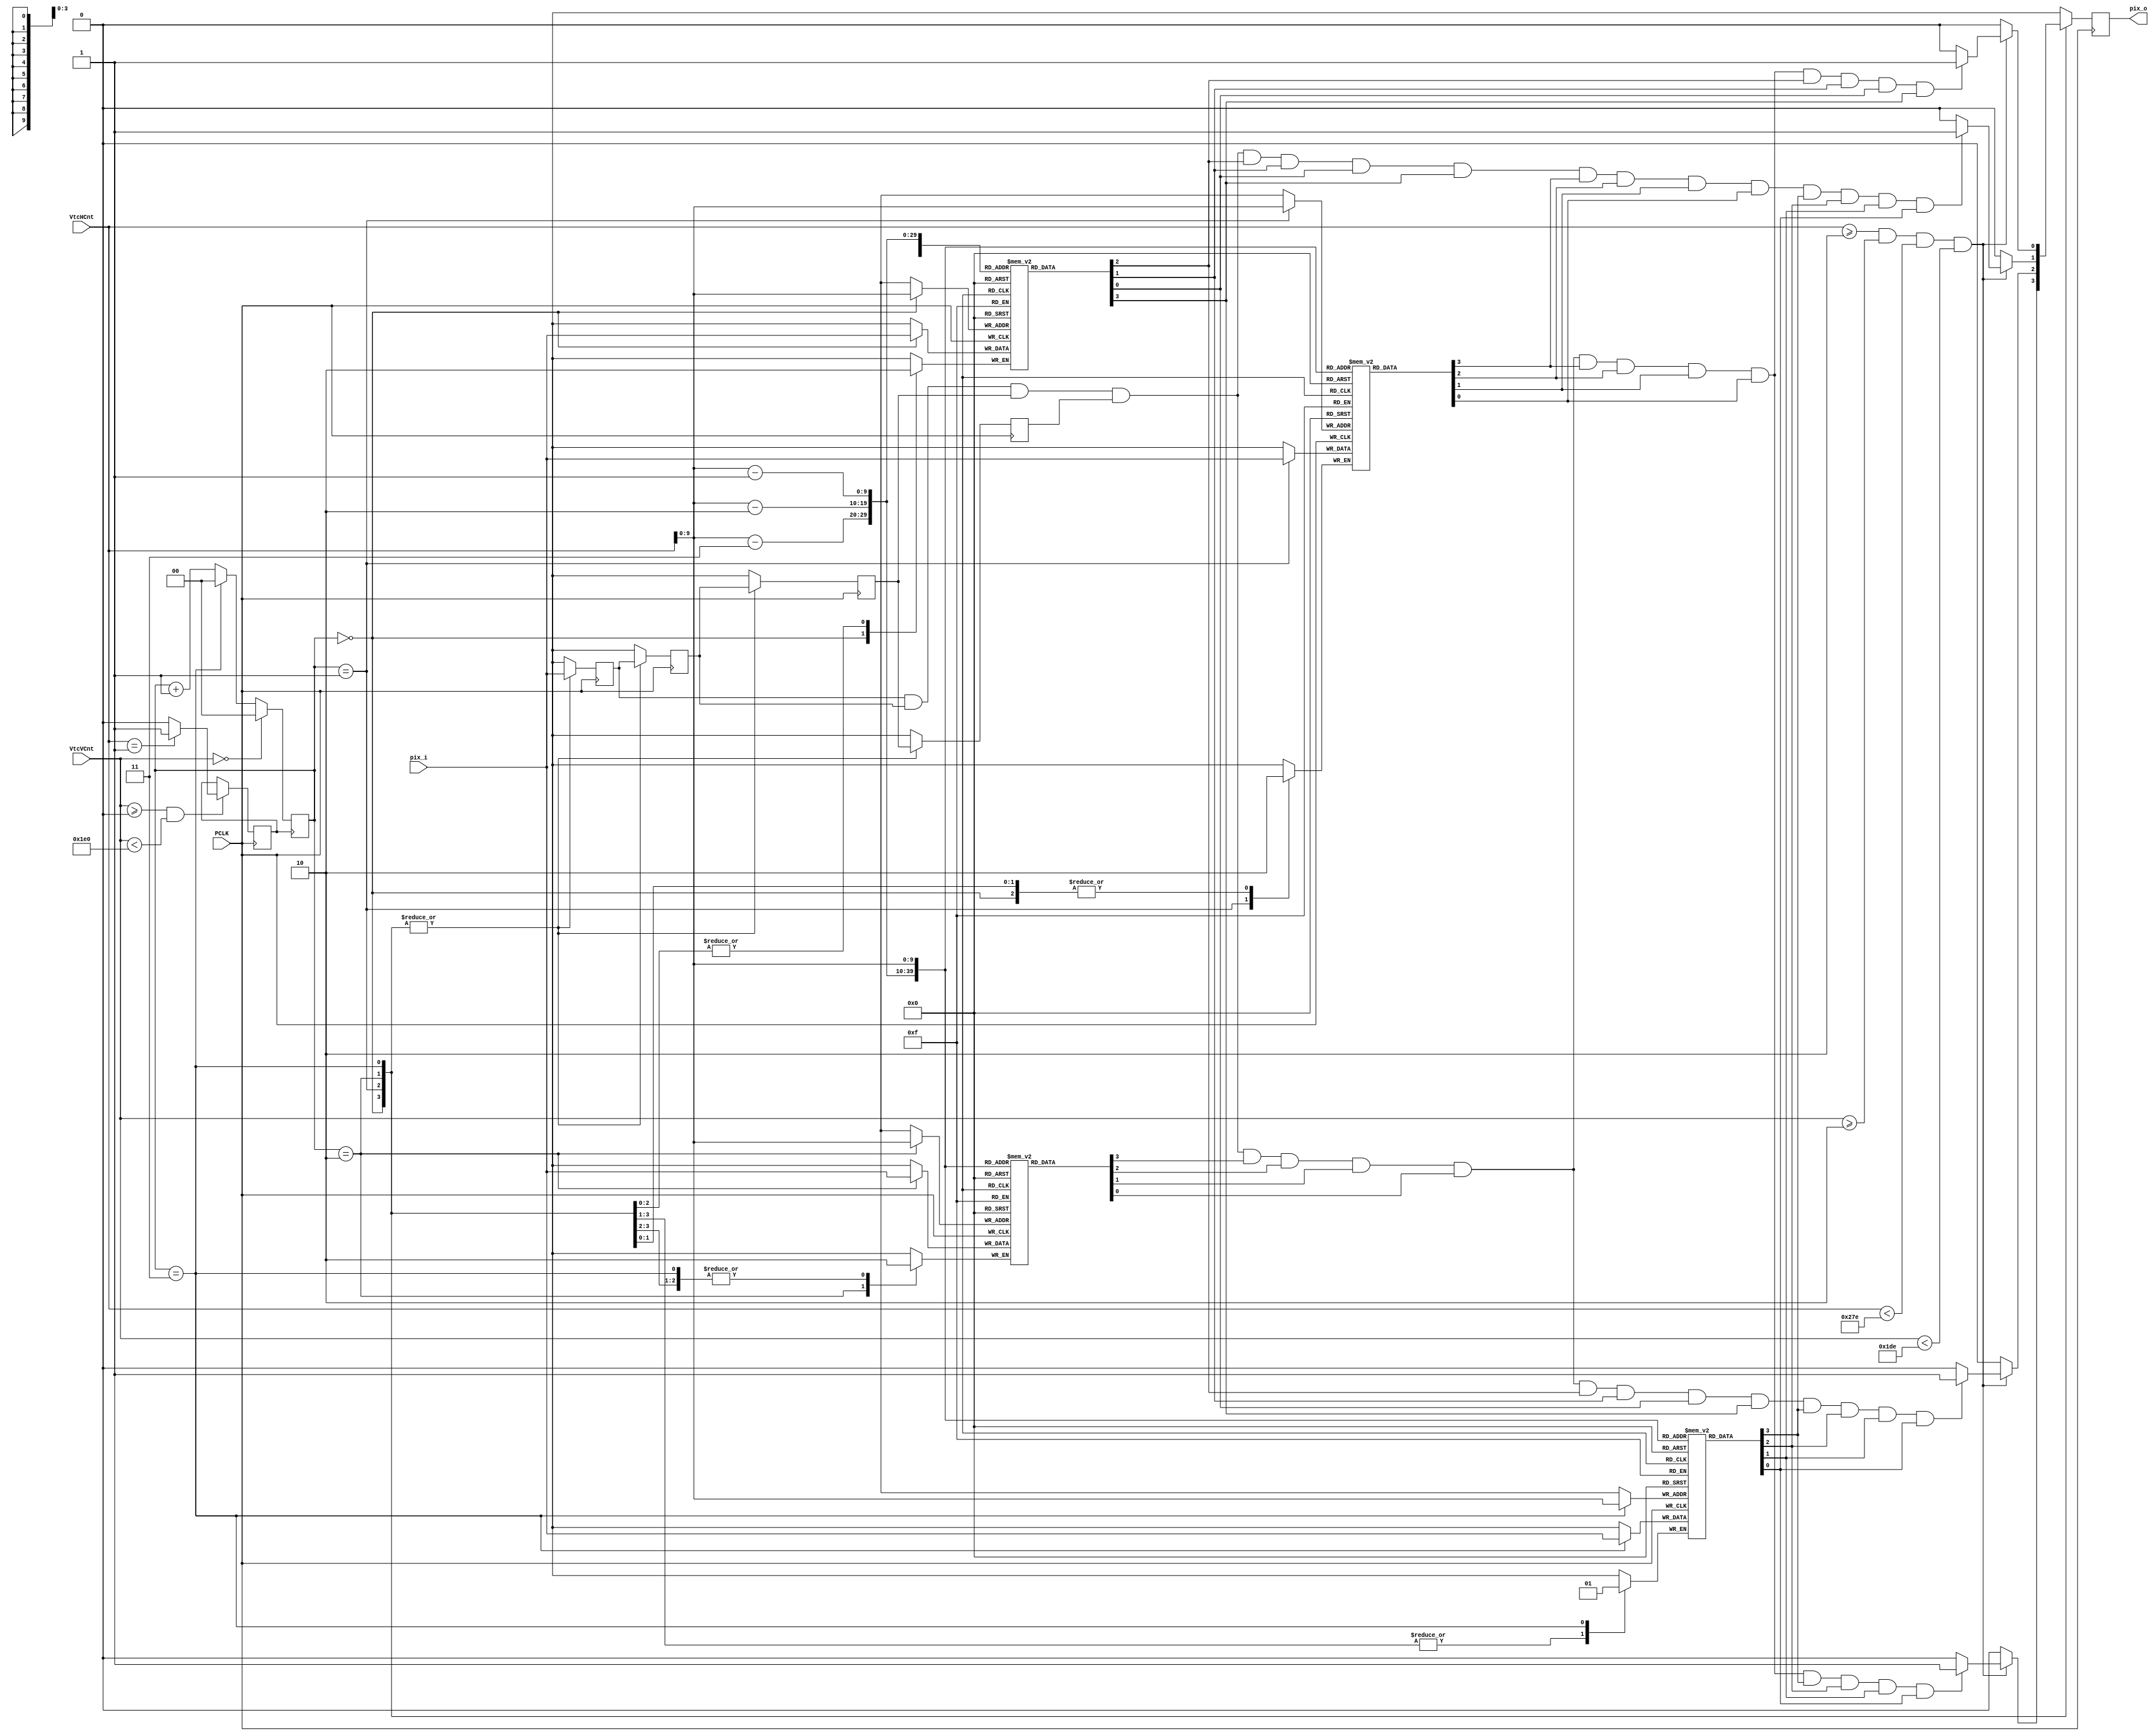
`timescale 1ns / 1ps
module erode_obj(//
    input PCLK,
    input [11:0] VtcHCnt,
    input [11:0] VtcVCnt,
    input   pix_i, 
	 output reg  pix_o
    );
reg Line_CLK;



always@(posedge PCLK)begin
 if( VtcVCnt>=0 && VtcVCnt<480) begin
	 if(VtcHCnt==1)
	   Line_CLK <= 1;
	 else
	   Line_CLK <= 0;
 end
end

reg[1:0] state;
initial state = 0;

always@(posedge Line_CLK)begin
 if(VtcVCnt==0)
 state <= 2'b00;
 else begin
   if(state == 2'b11)
	   state <= 2'b00;
	else 
	   state <= state + 1;
	end
end 

reg S_Window0;
reg S_Window1;
reg S_Window2;
reg S_Window3;
reg LineBuffer0[639:0];
reg LineBuffer1[639:0];
reg LineBuffer2[639:0];
reg LineBuffer3[639:0];
always@(posedge PCLK)begin
    case(state)
    2'b00: begin
        LineBuffer0[VtcHCnt] <= pix_i;	
        S_Window0 <= pix_i;
        S_Window1 <= S_Window0;
        S_Window2 <= S_Window1;
        S_Window3 <= S_Window2;		 
        
        if(VtcHCnt>=2&&VtcVCnt>=2 && VtcHCnt<640-2&&VtcVCnt<480-2)begin
            if(S_Window0 ==1 && S_Window1 ==1&& S_Window2 ==1&&S_Window3 ==1&&LineBuffer2[VtcHCnt-3]==1&&LineBuffer2[VtcHCnt-2]==1&&LineBuffer2[VtcHCnt-1]==1&&LineBuffer2[VtcHCnt]==1
            &&LineBuffer1[VtcHCnt-3]==1&&LineBuffer1[VtcHCnt-2]==1&&LineBuffer1[VtcHCnt-1]==1&&LineBuffer1[VtcHCnt]==1&&LineBuffer3[VtcHCnt-3]==1&&LineBuffer3[VtcHCnt-2]==1&&LineBuffer3[VtcHCnt-1]==1&&LineBuffer3[VtcHCnt]==1)
                pix_o <= 1;
            else
                pix_o <= 0;
        end            
        else
          pix_o <= 0;
    end 
    2'b01: begin
        LineBuffer1[VtcHCnt] <= pix_i;	 
        S_Window0 <= pix_i;
        S_Window1 <= S_Window0;
        S_Window2 <= S_Window1;
        S_Window3 <= S_Window2;		
         
        if(VtcHCnt>=2&&VtcVCnt>=2 && VtcHCnt<640-2&&VtcVCnt<480-2)begin    
            if(S_Window0 ==1 && S_Window1 ==1&& S_Window2 ==1&&S_Window3 ==1&&LineBuffer2[VtcHCnt-3]==1&&LineBuffer2[VtcHCnt-2]==1&&LineBuffer2[VtcHCnt-1]==1&&LineBuffer2[VtcHCnt]==1
            &&LineBuffer0[VtcHCnt-3]==1&&LineBuffer0[VtcHCnt-2]==1&&LineBuffer0[VtcHCnt-1]==1&&LineBuffer0[VtcHCnt]==1&&LineBuffer3[VtcHCnt-3]==1&&LineBuffer3[VtcHCnt-2]==1&&LineBuffer3[VtcHCnt-1]==1&&LineBuffer3[VtcHCnt]==1)
                pix_o <= 1;
            else
                pix_o <= 0;
        end            
        else
            pix_o <= 0;
    end
    2'b10: begin
        LineBuffer2[VtcHCnt] <= pix_i;	 
        S_Window0 <= pix_i;
        S_Window1 <= S_Window0;
        S_Window2 <= S_Window1;
        S_Window3 <= S_Window2;			 
        
        if(VtcHCnt>=2&&VtcVCnt>=2 && VtcHCnt<640-2&&VtcVCnt<480-2)begin    
            if(S_Window0 ==1 && S_Window1 ==1&& S_Window2 ==1&&S_Window3 ==1&&LineBuffer0[VtcHCnt-3]==1&&LineBuffer0[VtcHCnt-2]==1&&LineBuffer0[VtcHCnt-1]==1&&LineBuffer0[VtcHCnt]==1
            &&LineBuffer1[VtcHCnt-3]==1&&LineBuffer1[VtcHCnt-2]==1&&LineBuffer1[VtcHCnt-1]==1&&LineBuffer1[VtcHCnt]==1&&LineBuffer3[VtcHCnt-3]==1&&LineBuffer3[VtcHCnt-2]==1&&LineBuffer3[VtcHCnt-1]==1&&LineBuffer3[VtcHCnt]==1)
                pix_o <= 1;
            else
                pix_o <= 0;
        end            
        else
            pix_o <= 0;
    end
    2'b11: begin
        LineBuffer3[VtcHCnt] <= pix_i;	 
        S_Window0 <= pix_i;
        S_Window1 <= S_Window0;
        S_Window2 <= S_Window1;
        S_Window3 <= S_Window2;			 
       
        if(VtcHCnt>=2&&VtcVCnt>=2 && VtcHCnt<640-2&&VtcVCnt<480-2)begin    
            if(S_Window0 ==1 && S_Window1 ==1&& S_Window2 ==1&&S_Window3 ==1&&LineBuffer2[VtcHCnt-3]==1&&LineBuffer2[VtcHCnt-2]==1&&LineBuffer2[VtcHCnt-1]==1&&LineBuffer2[VtcHCnt]==1
            &&LineBuffer1[VtcHCnt-3]==1&&LineBuffer1[VtcHCnt-2]==1&&LineBuffer1[VtcHCnt-1]==1&&LineBuffer1[VtcHCnt]==1&&LineBuffer0[VtcHCnt-3]==1&&LineBuffer0[VtcHCnt-2]==1&&LineBuffer0[VtcHCnt-1]==1&&LineBuffer0[VtcHCnt]==1)
                pix_o <= 1;
            else
                pix_o <= 0;
        end            
        else
            pix_o <= 0;
    end		
    default:	
       pix_o <= pix_o;		
    endcase

end 





endmodule